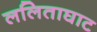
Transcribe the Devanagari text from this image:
ललिताघाट